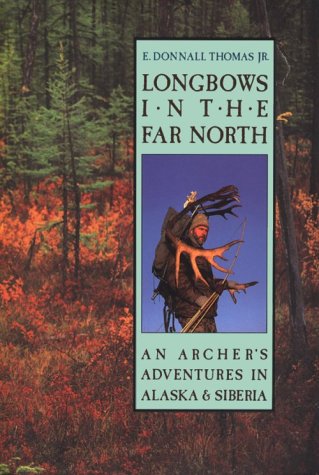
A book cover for Longbows in the Far North; E. Donnall Thomas Jr.; Sports & Outdoors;